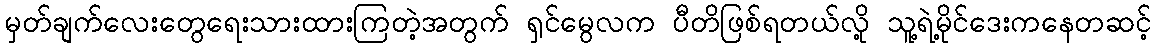
မှတ်ချက်လေးတွေရေးသားထားကြတဲ့အတွက် ရှင်မွေလက ပီတိဖြစ်ရတယ်လို့ သူ့ရဲ့မိုင်ဒေးကနေတဆင့်